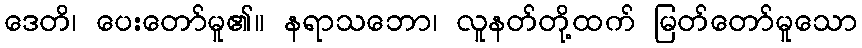
ဒေတိ၊ ပေးတော်မူ၏။ နရာသဘော၊ လူနတ်တို့ထက် မြတ်တော်မူသော